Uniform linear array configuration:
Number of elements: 24
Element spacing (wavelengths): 0.25
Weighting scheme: blackman
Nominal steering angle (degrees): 0
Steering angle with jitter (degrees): -0.0879
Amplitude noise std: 0.05
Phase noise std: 0.05

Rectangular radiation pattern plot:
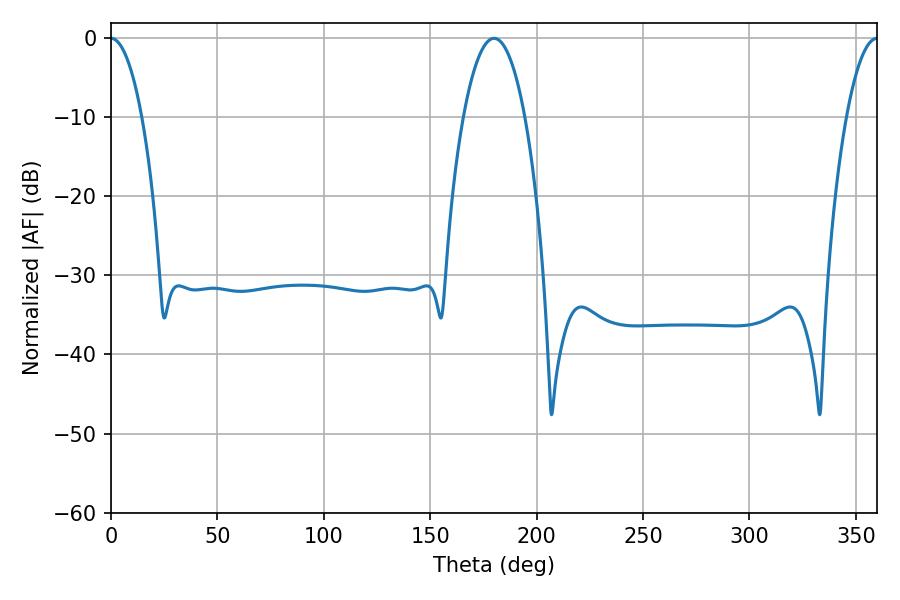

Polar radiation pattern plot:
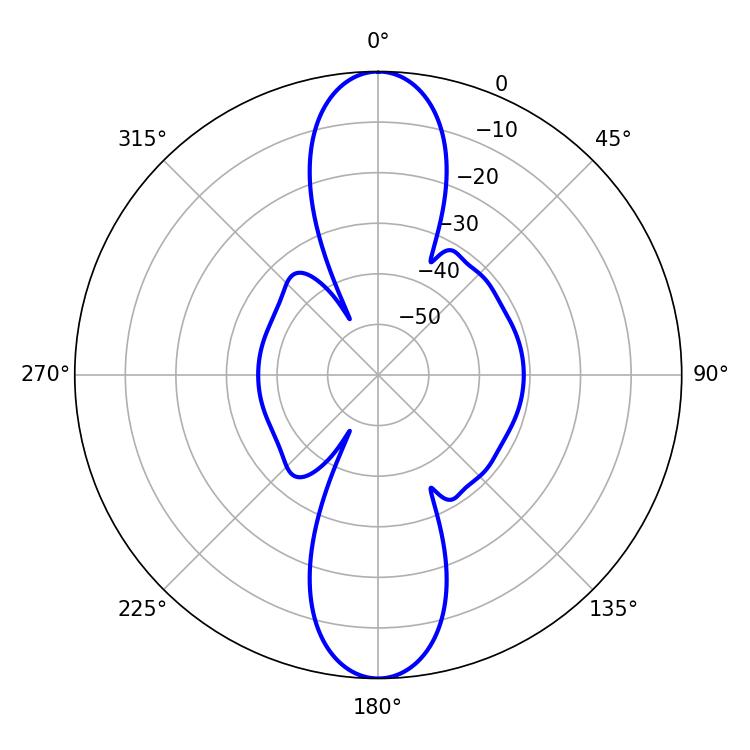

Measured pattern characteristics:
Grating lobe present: FALSE
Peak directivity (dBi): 34.025
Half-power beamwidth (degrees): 8.1
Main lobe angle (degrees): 0